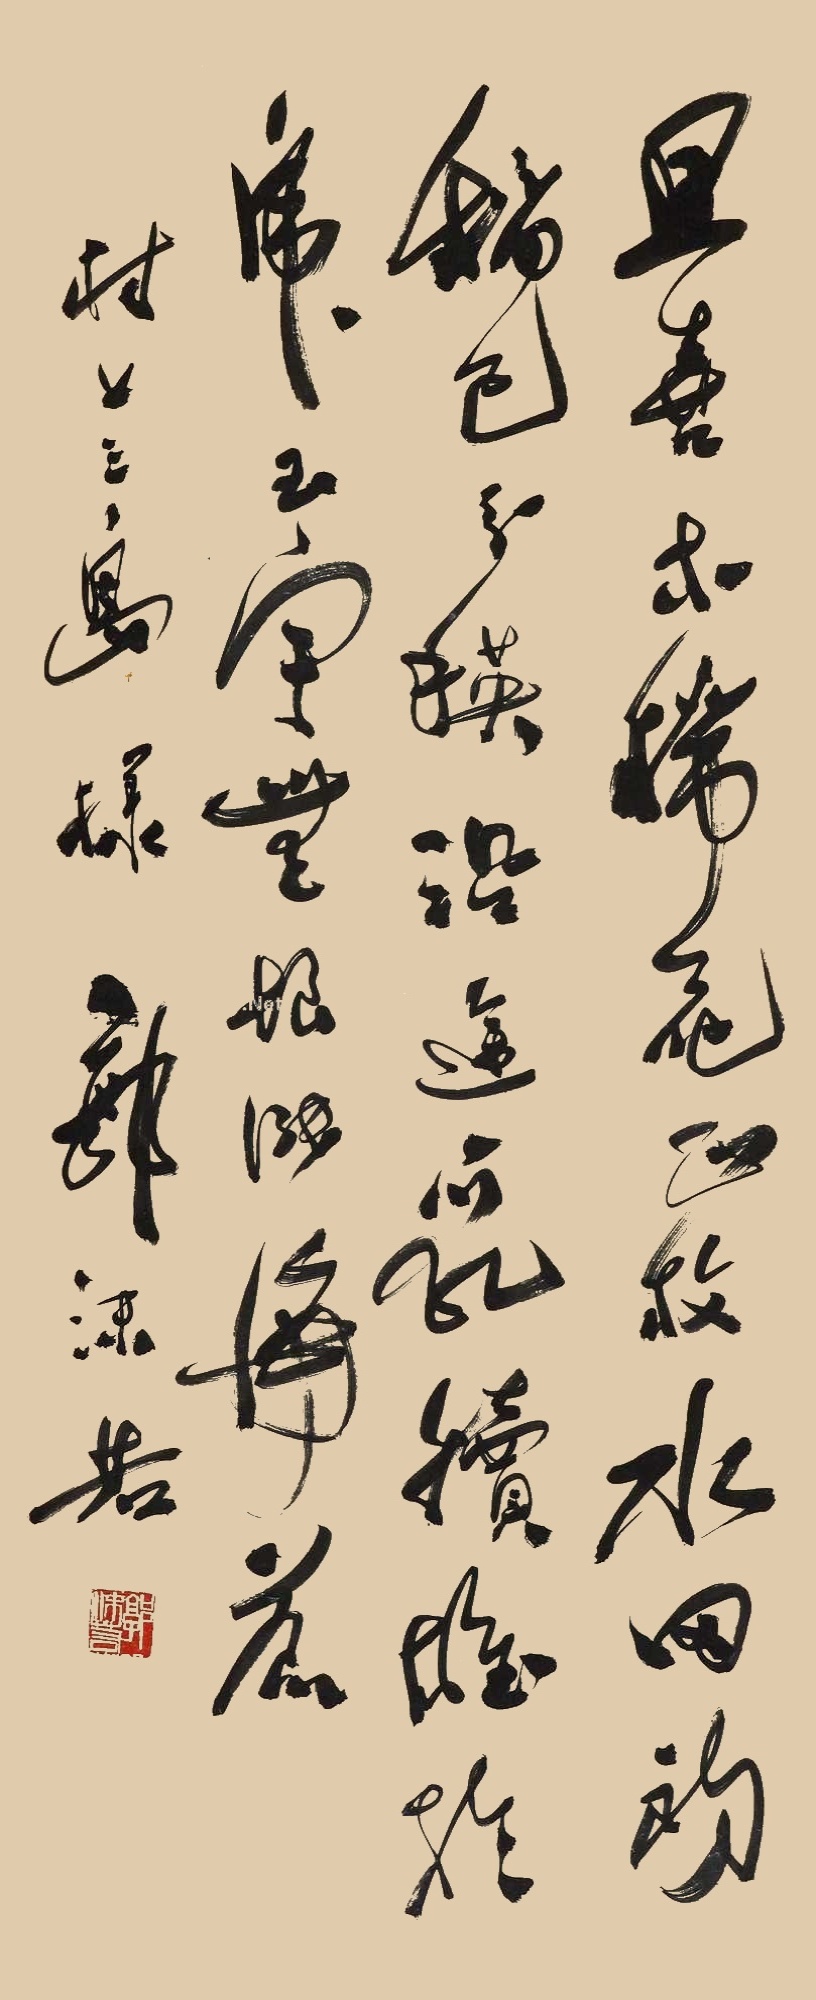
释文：且喜木棉花正放，水田初稻已分秧。沿途乳犊雄于虎，玉宇无垠涨海苍。村上三岛详，郭沫若。郭沫若（白文）